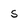
Character: s